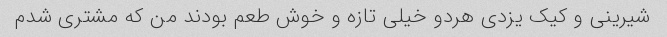
شیرینی و کیک یزدی هردو خیلی تازه و خوش طعم بودند من که مشتری شدم